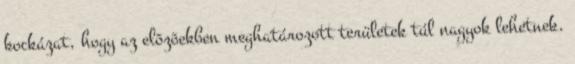
kockázat, hogy az elõzõekben meghatározott területek túl nagyok lehetnek.